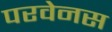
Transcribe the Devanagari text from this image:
परवेनस